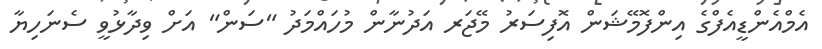
އެމްއެންޑީއެފްގެ އިންފޮމޭޝަން އޮފިސަރު މޭޖަރ އަދުނާން މުހައްމަދު "ސަން" އަށް ވިދާޅުވީ ސެނަހިޔާ